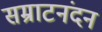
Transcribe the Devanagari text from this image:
सम्राटनंदन